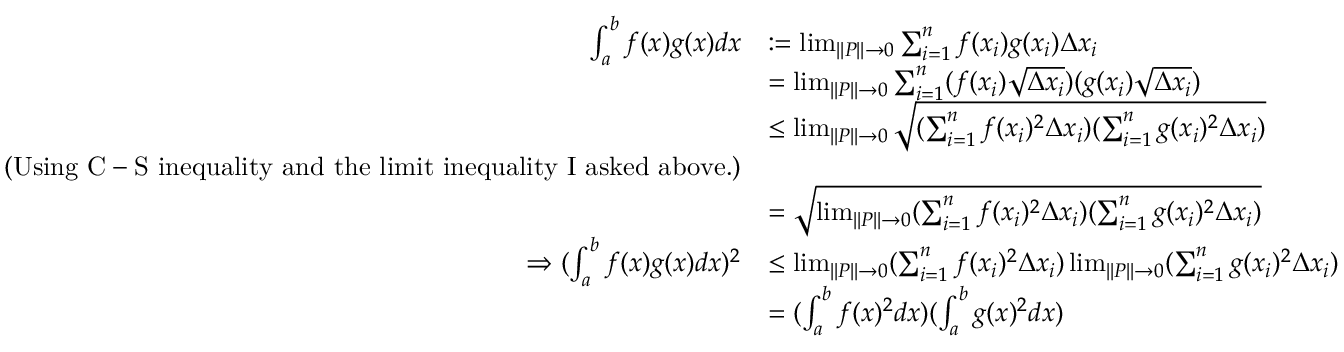
\begin{array} { r l } { \int _ { a } ^ { b } f ( x ) g ( x ) d x } & { : = \operatorname* { l i m } _ { | | P | | \rightarrow 0 } \sum _ { i = 1 } ^ { n } f ( x _ { i } ) g ( x _ { i } ) \Delta x _ { i } } \\ & { = \operatorname* { l i m } _ { | | P | | \rightarrow 0 } \sum _ { i = 1 } ^ { n } ( f ( x _ { i } ) \sqrt { \Delta x _ { i } } ) ( g ( x _ { i } ) \sqrt { \Delta x _ { i } } ) } \\ & { \leq \operatorname* { l i m } _ { | | P | | \rightarrow 0 } \sqrt { ( \sum _ { i = 1 } ^ { n } f ( x _ { i } ) ^ { 2 } \Delta x _ { i } ) ( \sum _ { i = 1 } ^ { n } g ( x _ { i } ) ^ { 2 } \Delta x _ { i } ) } } \\ { ( \mathrm { U s i n g ~ C - S ~ i n e q u a l i t y ~ a n d ~ t h e ~ l i m i t ~ i n e q u a l i t y ~ I ~ a s k e d ~ a b o v e . } ) } \\ & { = \sqrt { \operatorname* { l i m } _ { | | P | | \rightarrow 0 } ( \sum _ { i = 1 } ^ { n } f ( x _ { i } ) ^ { 2 } \Delta x _ { i } ) ( \sum _ { i = 1 } ^ { n } g ( x _ { i } ) ^ { 2 } \Delta x _ { i } ) } } \\ { \Rightarrow ( \int _ { a } ^ { b } f ( x ) g ( x ) d x ) ^ { 2 } } & { \leq \operatorname* { l i m } _ { | | P | | \rightarrow 0 } ( \sum _ { i = 1 } ^ { n } f ( x _ { i } ) ^ { 2 } \Delta x _ { i } ) \operatorname* { l i m } _ { | | P | | \rightarrow 0 } ( \sum _ { i = 1 } ^ { n } g ( x _ { i } ) ^ { 2 } \Delta x _ { i } ) } \\ & { = ( \int _ { a } ^ { b } f ( x ) ^ { 2 } d x ) ( \int _ { a } ^ { b } g ( x ) ^ { 2 } d x ) } \end{array}